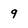
Character: 9